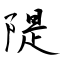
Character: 隄